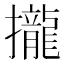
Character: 攏